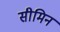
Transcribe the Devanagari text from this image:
सीमिन